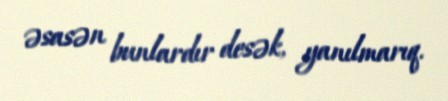
əsasən bunlardır desək, yanılmarıq.